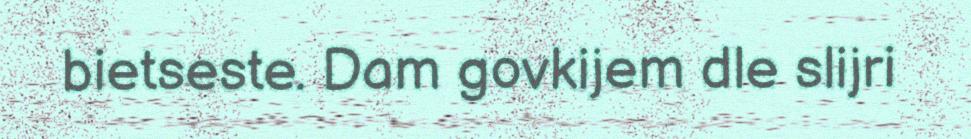
bietseste. Dam govkijem dle slijri